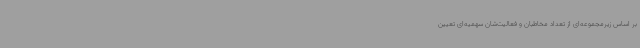
بر اساس زیرمجموعه‌ای از تعداد مخاطبان و فعالیت‌شان سهمیه‌ای تعیین